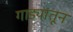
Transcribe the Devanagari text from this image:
गाड्यातून